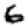
Digit: 6